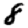
Digit: 8